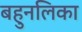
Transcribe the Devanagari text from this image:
बहुनलिका